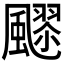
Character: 𱃍